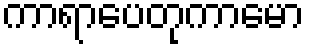
ကာရာပေတုကာမော